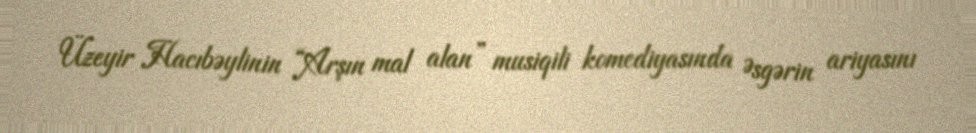
Üzeyir Hacıbəylinin “Arşın mal alan” musiqili komediyasında Əsgərin ariyasını